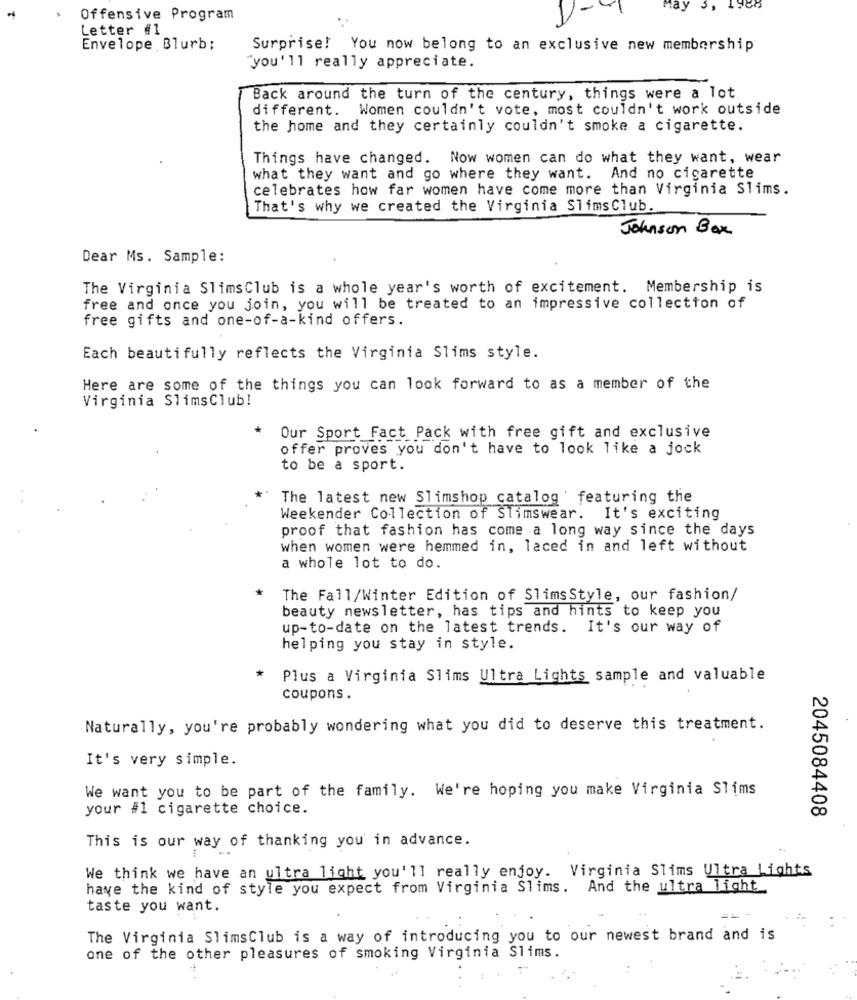
-
May
3, 1988
Offensive Program
Letter #1
Envelope Blurb:
Surprise! You now belong to an exclusive new membership
"you'll really appreciate.
Back around the turn of the century, things were a lot
different. Women couldn't vote, most couldn't work outside
the home and they certainly couldn't smoke a cigarette.
Things have changed. Now women can do what they want, wear
what they want and go where they want. And no cigarette
celebrates how far women have come more than Virginia Slims.
That's why we created the Virginia SlimsClub.
Johnson Box
Dear Ms. Sample:
The Virginia SlimsClub is a whole year's worth of excitement. Membership is
free and once you join, you will be treated to an impressive collection of
free gifts and one-of-a-kind offers.
Each beautifully reflects the Virginia Slims style.
Here are some of the things you can look forward to as a member of the
Virginia SlimsClub!
Our Sport Fact Pack with free gift and exclusive
offer proves you don't have to look like a jock
to be a sport.
The latest new Slimshop catalog ' featuring the
Weekender Collection of Slimswear. It's exciting
proof that fashion has come a long way since the days
when women were hemmed in, laced in and left without
a whole lot to do.
The Fall/Winter Edition of SlimsStyle, our fashion/
beauty newsletter, has tips and hints to keep you
up-to-date on the latest trends. It's our way of
helping you stay in style.
*
Plus a Virginia Slims Ultra Lights sample and valuable
coupons .
Naturally, you're probably wondering what you did to deserve this treatment.
It's very simple.
We want you to be part of the family. We're hoping you make Virginia STims
your #1 cigarette choice.
2045084408
This is our way of thanking you in advance.
We think we have an ultra light you'll really enjoy. Virginia Slims Ultra Lights
have the kind of style you expect from Virginia Slims. And the ultra light
taste you want.
The Virginia SlimsClub is a way of introducing you to our newest brand and is
one of the other pleasures of smoking Virginia Slims.